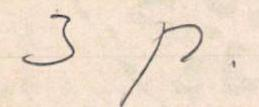
3 p.